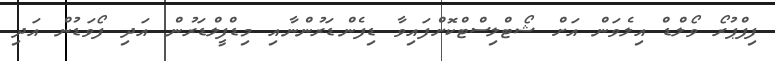
ފިފްޕުރޯ ވޯލްޑް އިލެވަން އަށް ޝޯޓްލިސްޓްކޮށްފައިވާ ޑިފެންޑަރުންނާއި މިޑްފީލްޑަރުން އަދި ފޯވަޑުން އަދި